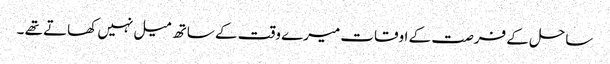
ساحل کے فرصت کے اوقات میرے وقت کے ساتھ میل نہیں کھاتے تھے ۔